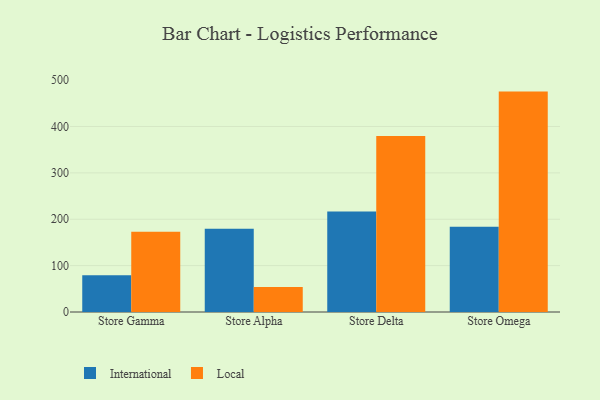
{"axis": {"x": "Store", "y": "Temperature (°C)"}, "legend": ["International", "Local"], "data": [{"x": "Store Gamma", "y": 79.1, "type": "International"}, {"x": "Store Gamma", "y": 173.0, "type": "Local"}, {"x": "Store Alpha", "y": 179.6, "type": "International"}, {"x": "Store Alpha", "y": 54.0, "type": "Local"}, {"x": "Store Delta", "y": 216.6, "type": "International"}, {"x": "Store Delta", "y": 379.6, "type": "Local"}, {"x": "Store Omega", "y": 183.8, "type": "International"}, {"x": "Store Omega", "y": 475.2, "type": "Local"}]}